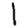
Digit: 1